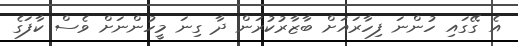
އެ ގޭގައި ހުންނަ ފިހާރައަށް ބާޒާރުކުރަން ދާ ގިނަ މީހުންނަށް ވެސް ކާފަގެ